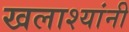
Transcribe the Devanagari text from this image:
खलाश्यांनी